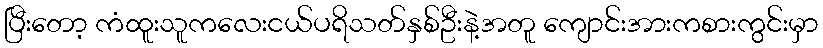
ပြီးတော့ ကံထူးသူကလေးငယ်ပရိသတ်နှစ်ဦးနဲ့အတူ ကျောင်းအားကစားကွင်းမှာ